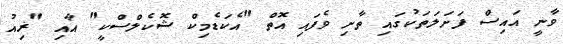
ވާނީ އައިސް ފަށަލަތަކުގައި ތާށި ވެފައި އޮތް "އެކަޑެމިކް ޝޮކެލްސްކީ" އާއި "ޜިއު